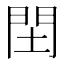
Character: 䦌